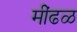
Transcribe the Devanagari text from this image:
मींढळ